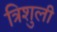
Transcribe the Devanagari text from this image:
त्रिशुली